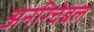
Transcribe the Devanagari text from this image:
अनरिचेबल